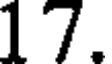
17.